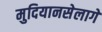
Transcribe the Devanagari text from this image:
मुदियानसेलागे